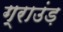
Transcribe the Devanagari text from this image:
ग्राउंड़